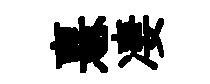
憙凄